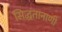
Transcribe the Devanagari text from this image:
सिद्धतानाणी